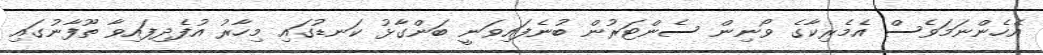
އެހެންނަމަވެސް އެމެރިކާގެ ވޯނިން ސެންޓަރުން ބުނެފައިވަނީ ބަންގާޅު ކަނޑުގައި މިހާރު އުފެދިފައިވާ ތޫފާނުގައި